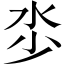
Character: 𣲦